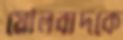
মৌলবাদকে